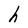
Character: h